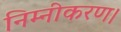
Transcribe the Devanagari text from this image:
निम्नीकरण।